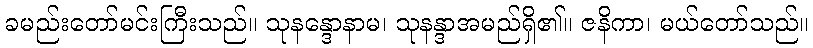
ခမည်းတော်မင်းကြီးသည်။ သုနန္ဒောနာမ၊ သုနန္ဒာအမည်ရှိ၏။ ဇနိကာ၊ မယ်တော်သည်။